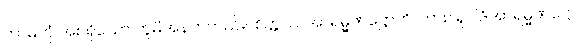
ကာမဘုံ အစရှိသော ဘူမိအနက်တည်း။ စိတ္တဿအာရမ္မဏဋ္ဌောတိ၊ ကား။ ရူပါဒိအာရမ္မဏဋ္ဌော၊